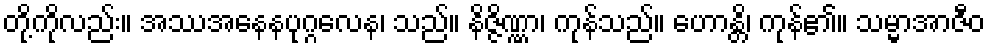
တို့ကိုလည်း။ အဿအနေနပုဂ္ဂလေန၊ သည်။ နိဇ္ဇိဏ္ဏာ၊ ကုန်သည်။ ဟောန္တိ၊ ကုန်၏။ သမ္မာအာဇီဝ